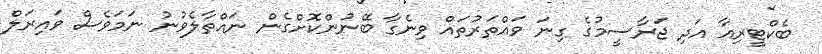
ބެކްޓީރިއާ އަދި ޖަރާސީމުގެ ގިނަ ވައްތަރުތައް ވިނެގާ ބޭނުންކޮށްގެން ނައްތާލެވުނު ނަމަވެސް ވައިރަލް